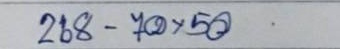
268 - 70 x 50